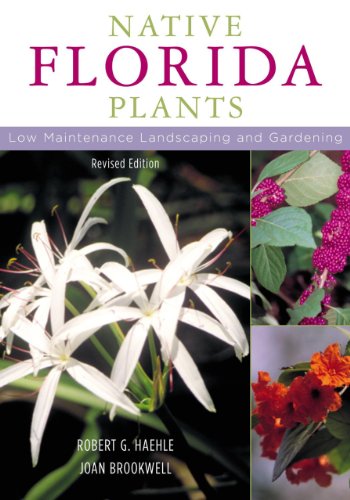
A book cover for Native Florida Plants: Low Maintenance Landscaping and Gardening; Robert G. Haehle; Crafts, Hobbies & Home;